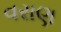
વરાણ